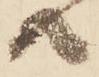
共